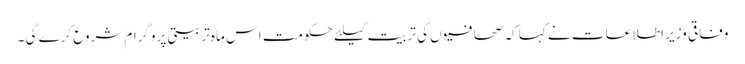
وفاقی وزیر اطلاعات نے کہا کہ صحافیوں کی تربیت کیلئے حکومت اس ماہ تربیتی پروگرام شروع کرے گی ۔